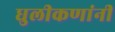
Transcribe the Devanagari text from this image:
धुलीकणांनी